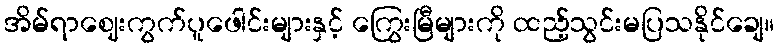
အိမ်ရာဈေးကွက်ပူဖေါင်းများနှင့် ကြွေးမြီများကို ထည့်သွင်းမပြသနိုင်ချေ။